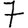
Digit: 7